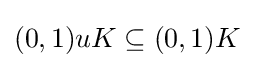
{\textstyle (0,1)uK\subseteq (0,1)K}